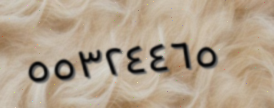
٥٥٣٢٤٤٦٥